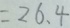
= 2 6 . 4